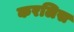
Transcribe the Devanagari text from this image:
करलिस